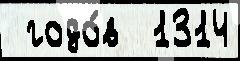
 годо́в  1314